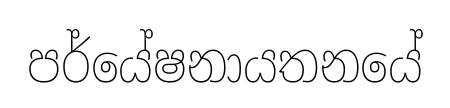
පර්යේෂනායතනයේ